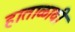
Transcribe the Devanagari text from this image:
हाताळावी